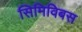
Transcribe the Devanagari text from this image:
सिमिविबस